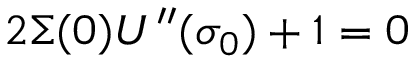
2 \Sigma ( 0 ) U ^ { \prime \prime } ( \sigma _ { 0 } ) + 1 = 0